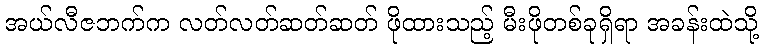
အယ်လီဇဘက်က လတ်လတ်ဆတ်ဆတ် ဖိုထားသည့် မီးဖိုတစ်ခုရှိရာ အခန်းထဲသို့